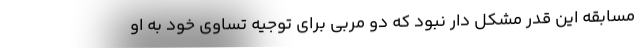
مسابقه این قدر مشکل دار نبود که دو مربی برای توجیه تساوی خود به او